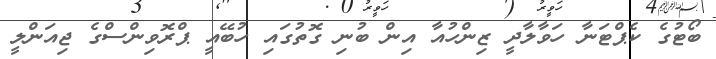
ބޯޓުގެ ކެޕްޓަނާ ހަވާލާދީ ޒިންހުއާ އިން ބުނި ގޮތުގައި ހުބޭއީ ޕްރޮވިންސްގެ ޖިއަންލީ